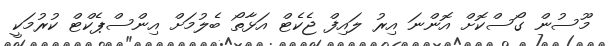
މޫސުން ގޯސްކޮށް އޮންނަ އިރު ލައިފް ޖެކެޓް އަޅާތޯ ބެލުމަށް އިންސްޕެކްޓް ކުރުމަކީ